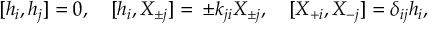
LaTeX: [ h _ { i } , h _ { j } ] = 0 , \quad [ h _ { i } , X _ { \pm j } ] = \, \pm k _ { j i } X _ { \pm j } , \quad [ X _ { + i } , X _ { - j } ] = \delta _ { i j } h _ { i } ,